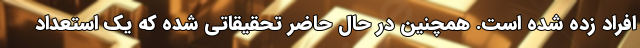
افراد زده شده است. همچنین در حال حاضر تحقیقاتی شده که یک استعداد